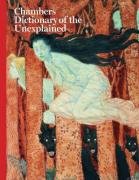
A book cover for Chambers Dictionary of the Unexplained; Travel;